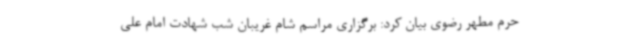
حرم مطهر رضوی بیان کرد: برگزاری مراسم شام غریبان شب شهادت امام علی